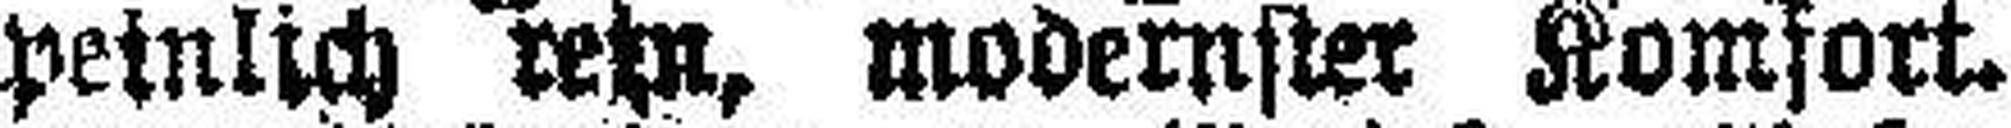
peinlich rein, modernster Komfort.